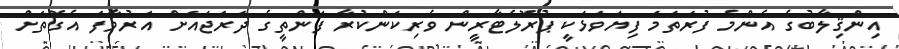
އިންޤިލާބުގެ އެންމެ ފުރަތަމަ ފިޔަވަޅަކީ ޕުރޮލެޓާރީން ވެރިކަންކުރާ ފަންތީގެ ދަރަޖައަށް އަރުވާފަ އެގޮތަށް